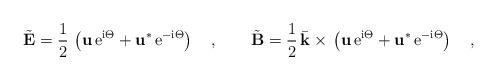
LaTeX: \begin{align*}\tilde{{\bf E}} {}={}\frac{1}{2}\,\left({\bf u}\,{\rm e}^{{\rm i} \Theta}{}+{} {\bf u}^{*}\,{\rm e}^{-{\rm i} \Theta}\right)\quad,\qquad\tilde{{\bf B}} {}={}\frac{1}{2}\,\bar{\bf k} {}\times{}\left({\bf u}\,{\rm e}^{{\rm i} \Theta}{}+{} {\bf u}^{*}\,{\rm e}^{-{\rm i} \Theta}\right)\quad,\end{align*}